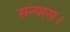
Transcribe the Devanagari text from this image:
सन्यास।